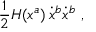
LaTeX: \frac { 1 } { 2 } H ( x ^ { a } ) \, \dot { x } ^ { b } \dot { x } ^ { b } \ ,